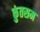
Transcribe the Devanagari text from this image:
कुंतसम